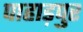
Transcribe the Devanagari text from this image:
पाहाड़पुर